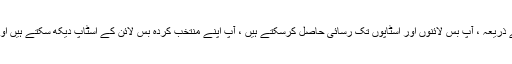
درخواست میں "تلاش" اسکرین کے ذریعہ ، آپ بس لائنوں اور اسٹاپوں تک رسائی حاصل کرسکتے ہیں ، آپ اپنے منتخب کردہ بس لائن کے اسٹاپ دیکھ سکتے ہیں اور بسیں کس اسٹاپ پر چل رہی ہیں۔